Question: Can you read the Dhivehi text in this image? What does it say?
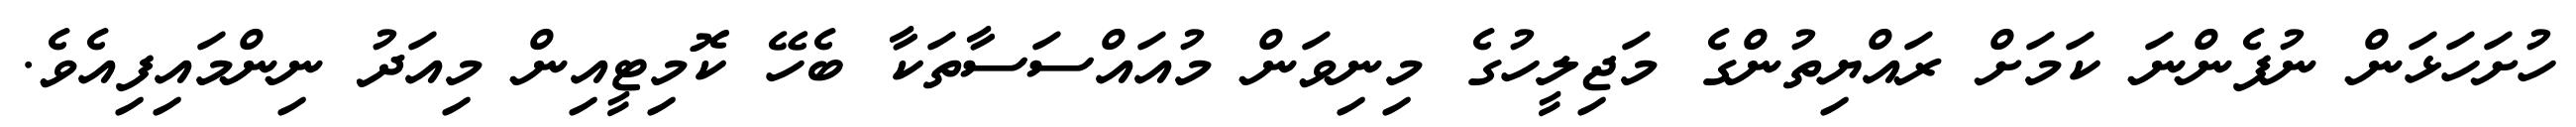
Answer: ހުށަހަޅަން ނުފެންނަ ކަމަށް ރައްޔިތުންގެ މަޖިލީހުގެ މިނިވަން މުއައްސަސާތަކާ ބެހޭ ކޮމިޓީއިން މިއަދު ނިންމައިފިއެވެ.